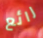
رائع